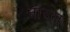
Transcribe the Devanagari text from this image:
नादरा